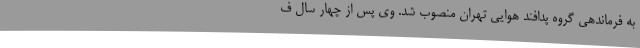
به فرماندهی گروه پدافند هوایی تهران منصوب شد. وی پس از چهار سال ف